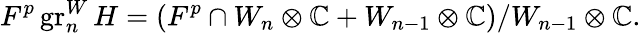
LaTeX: F^{p}\operatorname{gr}_{n}^{W}H=\left(F^{p}\cap W_{n}\otimes\mathbb{C}+W_{n-1}\otimes\mathbb{C}\right)/W_{n-1}\otimes\mathbb{C}.